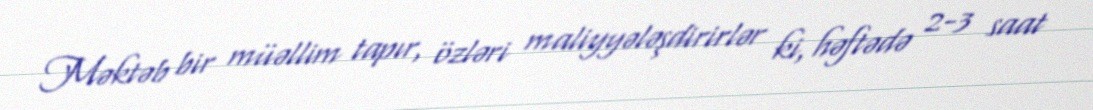
Məktəb bir müəllim tapır, özləri maliyyələşdirirlər ki, həftədə 2-3 saat